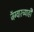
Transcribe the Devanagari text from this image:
जॅग्वारच्याही